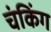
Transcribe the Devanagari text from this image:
चंकिंग